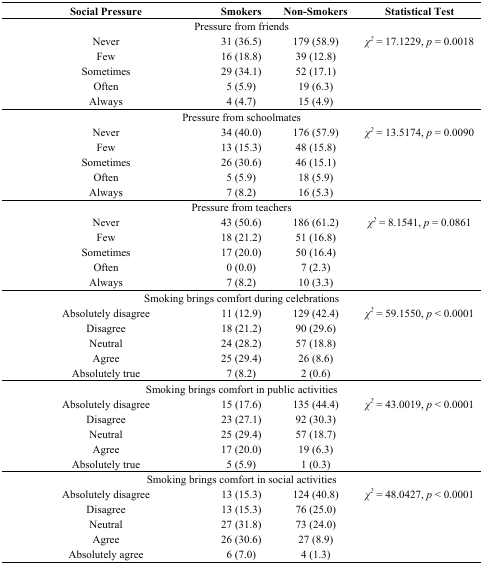
<table><thead><tr><td><b>Social Pressure</b></td><td><b>Smokers</b></td><td><b>Non-Smokers</b></td><td><b>Statistical Test</b></td></tr></thead><tbody><tr><td colspan="4">Pressure from friends</td></tr><tr><td>Never</td><td>31 (36.5)</td><td>179 (58.9)</td><td><i>χ<sup>2</sup></i> = 17.1229, <i>p</i> = 0.0018</td></tr><tr><td>Few</td><td>16 (18.8)</td><td>39 (12.8)</td><td></td></tr><tr><td>Sometimes</td><td>29 (34.1)</td><td>52 (17.1)</td><td></td></tr><tr><td>Often</td><td>5 (5.9)</td><td>19 (6.3)</td><td></td></tr><tr><td>Always</td><td>4 (4.7)</td><td>15 (4.9)</td><td></td></tr><tr><td colspan="4">Pressure from schoolmates</td></tr><tr><td>Never</td><td>34 (40.0)</td><td>176 (57.9)</td><td><i>χ<sup>2</sup></i> = 13.5174, <i>p</i> = 0.0090</td></tr><tr><td>Few</td><td>13 (15.3)</td><td>48 (15.8)</td><td></td></tr><tr><td>Sometimes</td><td>26 (30.6)</td><td>46 (15.1)</td><td></td></tr><tr><td>Often</td><td>5 (5.9)</td><td>18 (5.9)</td><td></td></tr><tr><td>Always</td><td>7 (8.2)</td><td>16 (5.3)</td><td></td></tr><tr><td colspan="4">Pressure from teachers</td></tr><tr><td>Never</td><td>43 (50.6)</td><td>186 (61.2)</td><td><i>χ<sup>2</sup></i> = 8.1541, <i>p</i> = 0.0861</td></tr><tr><td>Few</td><td>18 (21.2)</td><td>51 (16.8)</td><td></td></tr><tr><td>Sometimes</td><td>17 (20.0)</td><td>50 (16.4)</td><td></td></tr><tr><td>Often</td><td>0 (0.0)</td><td>7 (2.3)</td><td></td></tr><tr><td>Always</td><td>7 (8.2)</td><td>10 (3.3)</td><td></td></tr><tr><td colspan="4">Smoking brings comfort during celebrations</td></tr><tr><td>Absolutely disagree</td><td>11 (12.9)</td><td>129 (42.4)</td><td><i>χ<sup>2</sup></i> = 59.1550, <i>p</i> &lt; 0.0001</td></tr><tr><td>Disagree</td><td>18 (21.2)</td><td>90 (29.6)</td><td></td></tr><tr><td>Neutral</td><td>24 (28.2)</td><td>57 (18.8)</td><td></td></tr><tr><td>Agree</td><td>25 (29.4)</td><td>26 (8.6)</td><td></td></tr><tr><td>Absolutely true</td><td>7 (8.2)</td><td>2 (0.6)</td><td></td></tr><tr><td colspan="4">Smoking brings comfort in public activities</td></tr><tr><td>Absolutely disagree</td><td>15 (17.6)</td><td>135 (44.4)</td><td><i>χ<sup>2</sup></i> = 43.0019, <i>p</i> &lt; 0.0001</td></tr><tr><td>Disagree</td><td>23 (27.1)</td><td>92 (30.3)</td><td></td></tr><tr><td>Neutral</td><td>25 (29.4)</td><td>57 (18.7)</td><td></td></tr><tr><td>Agree</td><td>17 (20.0)</td><td>19 (6.3)</td><td></td></tr><tr><td>Absolutely true</td><td>5 (5.9)</td><td>1 (0.3)</td><td></td></tr><tr><td colspan="4">Smoking brings comfort in social activities</td></tr><tr><td>Absolutely disagree</td><td>13 (15.3)</td><td>124 (40.8)</td><td><i>χ<sup>2</sup></i> = 48.0427, <i>p</i> &lt; 0.0001</td></tr><tr><td>Disagree</td><td>13 (15.3)</td><td>76 (25.0)</td><td></td></tr><tr><td>Neutral</td><td>27 (31.8)</td><td>73 (24.0)</td><td></td></tr><tr><td>Agree</td><td>26 (30.6)</td><td>27 (8.9)</td><td></td></tr><tr><td>Absolutely agree</td><td>6 (7.0)</td><td>4 (1.3)</td><td></td></tr></tbody></table>